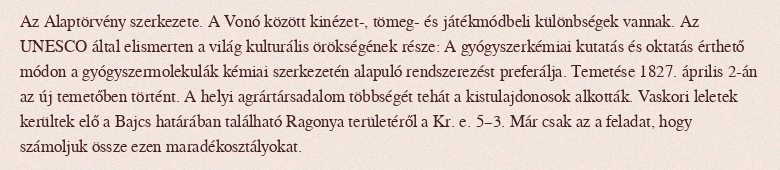
Az Alaptörvény szerkezete. A Vonó között kinézet-, tömeg- és játékmódbeli különbségek vannak. Az UNESCO által elismerten a világ kulturális örökségének része: A gyógyszerkémiai kutatás és oktatás érthető módon a gyógyszermolekulák kémiai szerkezetén alapuló rendszerezést preferálja. Temetése 1827. április 2-án az új temetőben történt. A helyi agrártársadalom többségét tehát a kistulajdonosok alkották. Vaskori leletek kerültek elő a Bajcs határában található Ragonya területéről a Kr. e. 5–3. Már csak az a feladat, hogy számoljuk össze ezen maradékosztályokat.